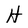
Character: H